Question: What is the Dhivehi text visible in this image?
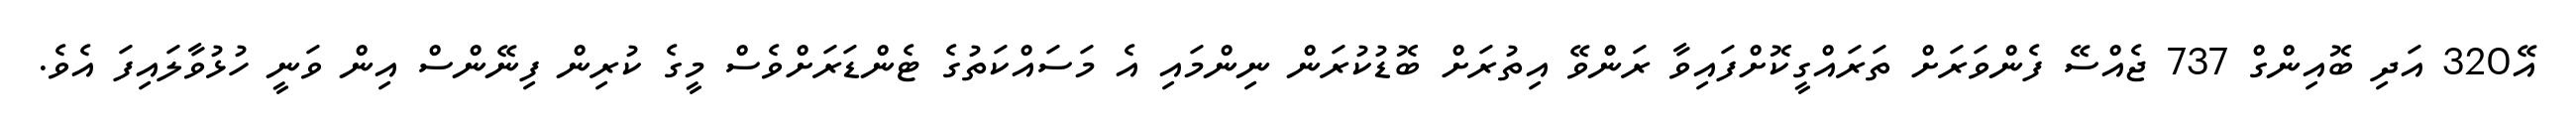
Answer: އޭ320 އަދި ބޮއިންގް 737 ޖެއްސޭ ފެންވަރަށް ތަރައްގީކޮށްފައިވާ ރަންވޭ އިތުރަށް ބޮޑުކުރަން ނިންމައި އެ މަސައްކަތުގެ ޓެންޑަރަށްވެސް މީގެ ކުރިން ފިނޭންސް އިން ވަނީ ހުޅުވާލައިފަ އެވެ.